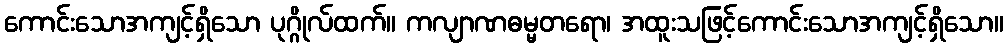
ကောင်းသောအကျင့်ရှိသော ပုဂ္ဂိုလ်ထက်။ ကလျာဏဓမ္မတရော၊ အထူးသဖြင့်ကောင်းသောအကျင့်ရှိသော။